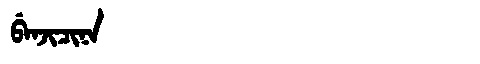
Manchu: ᠪᡝᠨᠵᡳᠴᡳᠨᠠ
Romanization: BENJICINA